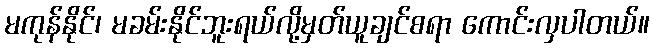
မကုန်နိုင်၊ မခမ်းနိုင်ဘူးရယ်လို့မှတ်ယူချင်စရာ ကောင်းလှပါတယ်။